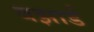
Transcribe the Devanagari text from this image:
बझार्ड